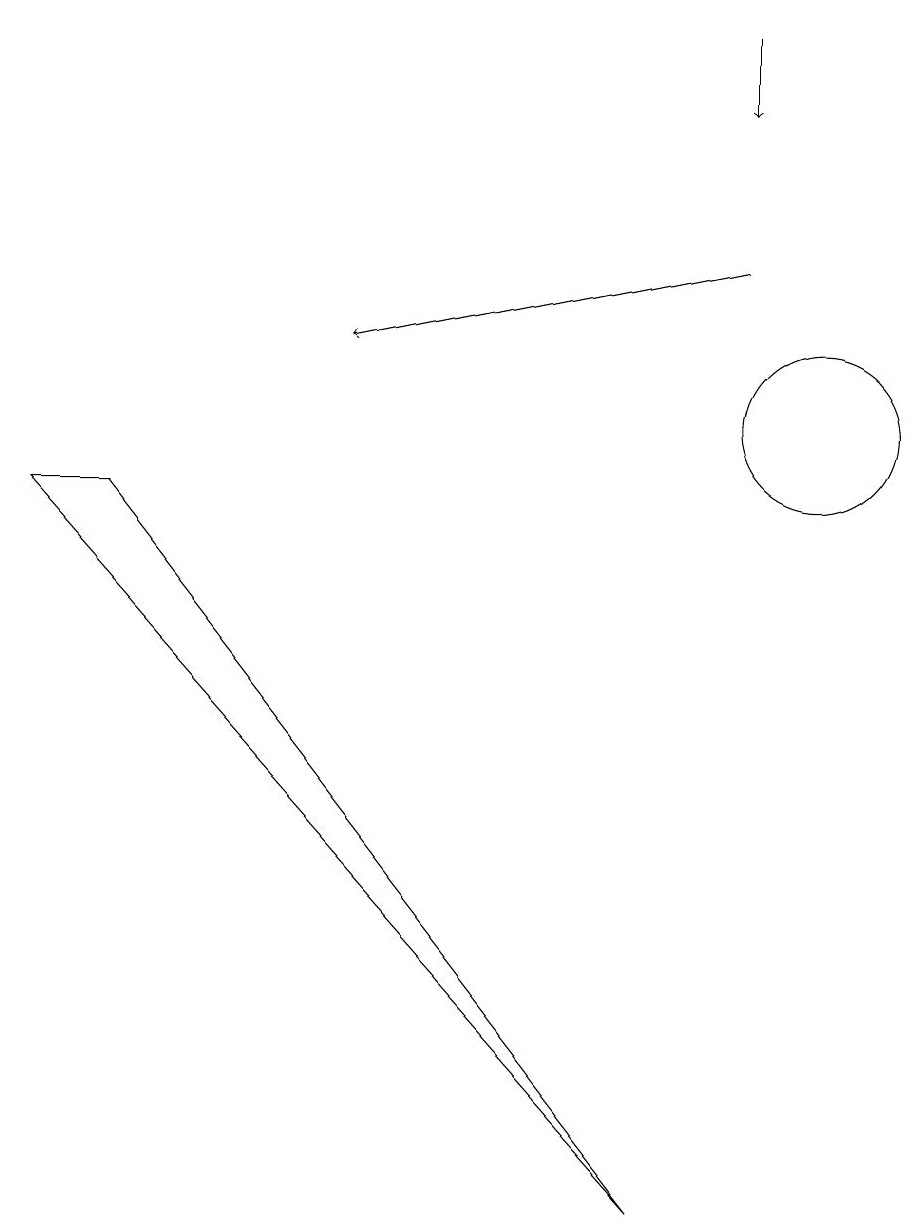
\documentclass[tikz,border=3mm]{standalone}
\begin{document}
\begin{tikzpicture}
\draw[->] (9,15) -- (9,14);
\draw (1,9) -- (8,0) -- (0,9) -- cycle;
\draw (10,10) circle (1);
\draw[->] (9,12) -- (4,11);
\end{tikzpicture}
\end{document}